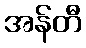
အန်တီ